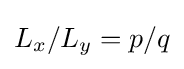
L_{x}/L_{y}=p/q